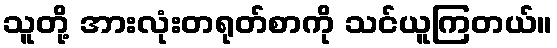
သူတို့ အားလုံးတရုတ်စာကို သင်ယူကြတယ်။